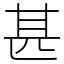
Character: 甚